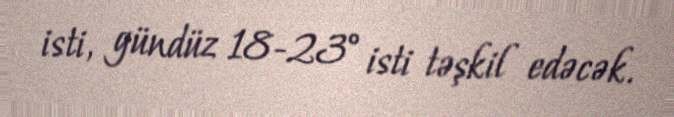
isti, gündüz 18-23° isti təşkil edəcək.